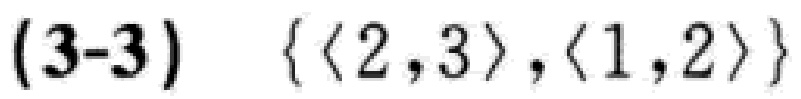
$(3 - 3)\quad\{\langle 2,3\rangle,\langle 1,2\rangle\}$